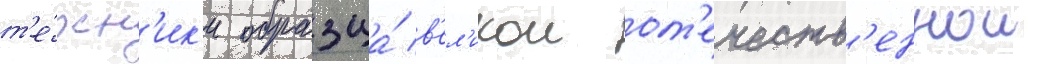
т'е́хн'ик'и образца́ в'ел'икои от'ечеств'еннои